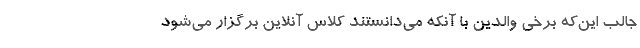
جالب این‌که برخی والدین با آنکه می‌دانستند کلاس آنلاین برگزار می‌شود